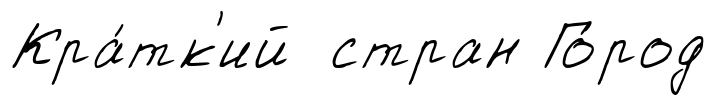
Кра́тк'ий стран Го́род